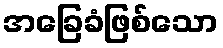
အခြေခံဖြစ်သော